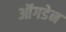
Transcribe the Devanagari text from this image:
ऑंगडेन